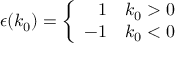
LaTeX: \epsilon ( k _ { 0 } ) = \left\{ \begin{array} { r l } { { 1 } } & { { k _ { 0 } > 0 } } \\ { { - 1 } } & { { k _ { 0 } < 0 } } \end{array} \right.